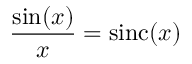
{ \frac { \sin ( x ) } { x } } = \operatorname { s i n c } ( x )